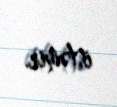
istəmir.